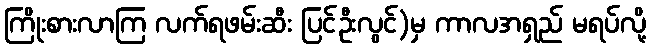
ကြိုးစားလာကြ လက်ရဖမ်းဆီး ပြင်ဦးလွင်)မှ ကာလအရှည် မရပ်လို့